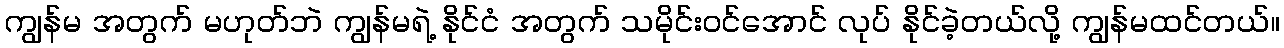
ကျွန်မ အတွက် မဟုတ်ဘဲ ကျွန်မရဲ့ နိုင်ငံ အတွက် သမိုင်းဝင်အောင် လုပ် နိုင်ခဲ့တယ်လို့ ကျွန်မထင်တယ်။